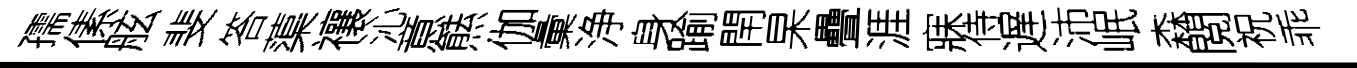
孺傃舷斐答蕖禳沁意㷱伽彙浄身踰閈杲疊涯寐侍遅沛岷森閲祝乖